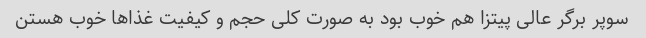
سوپر برگر عالی پیتزا هم خوب بود به صورت کلی حجم و کیفیت غذاها خوب هستن